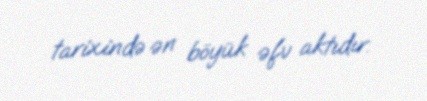
tarixində ən böyük əfv aktıdır.